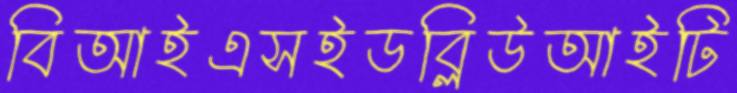
বিআইএসইডব্লিউআইটি